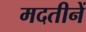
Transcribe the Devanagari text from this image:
मदतीनें